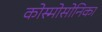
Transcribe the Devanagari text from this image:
कोस्मोसोनिका